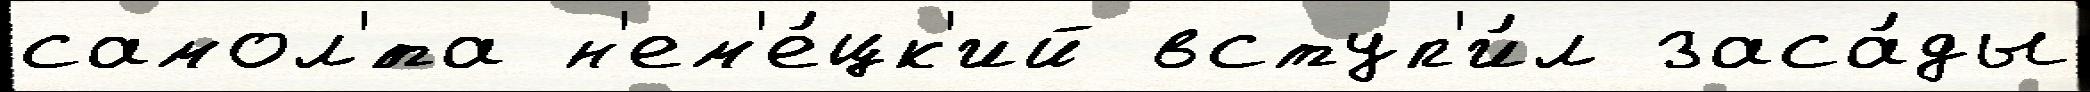
самол'́та н'ем'е́цк'ий вступ'и́л заса́ды